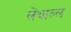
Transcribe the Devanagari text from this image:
लेंथाल्ल